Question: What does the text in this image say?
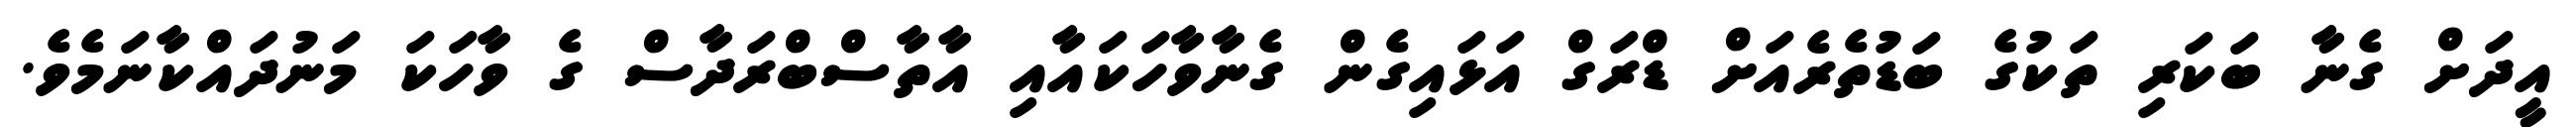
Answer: އީދަށް ގެނާ ބަކަރި ތަކުގެ ބަޑުތެރެއަށް ޑްރަގް އަޅައިގެން ގެނާވާހަކައާއި އާތާސްބްރަދާސް ގެ ވާހަކަ މަނުދައްކާނަމެވެ.